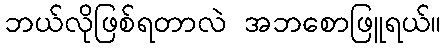
ဘယ်လိုဖြစ်ရတာလဲ အဘစောဖြူရယ်။